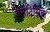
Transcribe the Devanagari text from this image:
जेनटिसिक